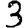
Digit: 3